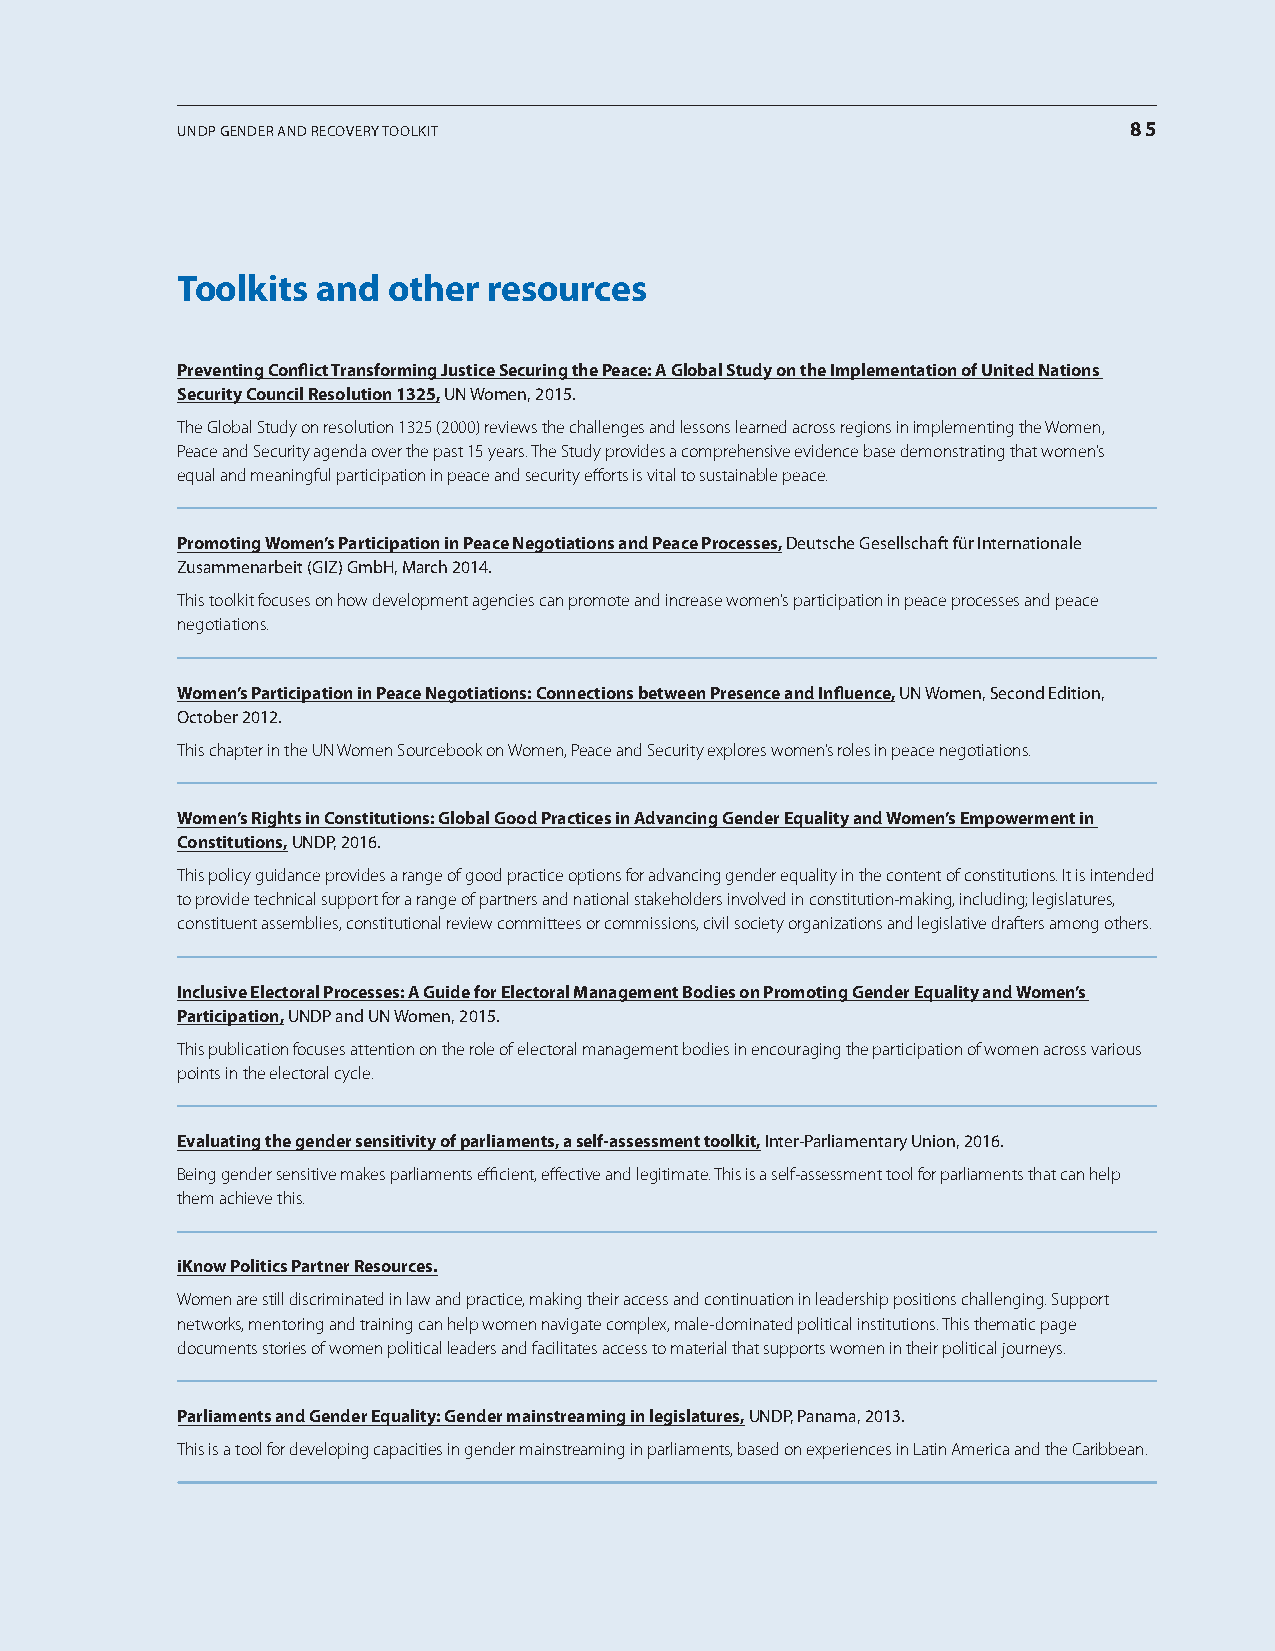
UUNNDDPP GGEENNDDEErr aaNNDD rrEEccoovvEErryy ttoooollkkiitt   8855
 toolkits and  other resources
 preventing conflict Transforming justice securing the peace: A global study on the Implementation of united nations
 security council resolution 1325, UN Women, 2015.
 The Global Study on resolution 1325 (2000) reviews the challenges and lessons learned across regions in implementing the Women,
 Peace and Security agenda over the past 15 years. The Study provides a comprehensive evidence base demonstrating that women’s
 equal and meaningful participation in peace and security efforts is vital to sustainable peace.
 promoting Women’s participation in peace negotiations and peace processes, Deutsche Gesellschaft für internationale
 Zusammenarbeit (GiZ) Gmbh, march 2014.
 This toolkit focuses on how development agencies can promote and increase women’s participation in peace processes and peace
 negotiations.
 Women’s participation in peace negotiations: connections between presence and Influence, UN Women, Second Edition,
 october 2012.
 This chapter in the UN Women Sourcebook on Women, Peace and Security explores women’s roles in peace negotiations.
 Women’s rights in constitutions: global good practices in Advancing gender Equality and Women’s Empowerment in
 Constitutions, UNDP, 2016.
 This policy guidance provides a range of good practice options for advancing gender equality in the content of constitutions. It is intended
 to provide technical support for a range of partners and national stakeholders involved in constitution-making, including; legislatures,
 constituent assemblies, constitutional review committees or commissions, civil society organizations and legislative drafters among others.
 Inclusive Electoral processes: A guide for Electoral management bodies on promoting gender Equality and Women’s
 participation, UNDP and UN Women, 2015.
 This publication focuses attention on the role of electoral management bodies in encouraging the participation of women across various
 points in the electoral cycle.
 Evaluating the gender sensitivity of parliaments, a self-assessment toolkit, inter-Parliamentary Union, 2016.
 Being gender sensitive makes parliaments efficient, effective and legitimate. This is a self-assessment tool for parliaments that can help
 them achieve this.
 iknow politics partner resources.
 Women are still discriminated in law and practice, making their access and continuation in leadership positions challenging. Support
 networks, mentoring and training can help women navigate complex, male-dominated political institutions. This thematic page
 documents stories of women political leaders and facilitates access to material that supports women in their political journeys.
 parliaments and gender Equality: gender mainstreaming in legislatures, UNDP, Panama, 2013.
 This is a tool for developing capacities in gender mainstreaming in parliaments, based on experiences in Latin America and the Caribbean.